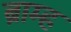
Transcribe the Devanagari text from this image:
ब्राम्ह